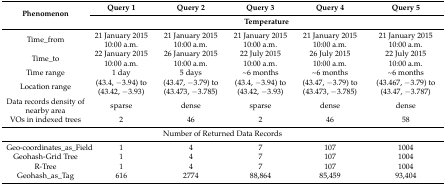
<table><thead><tr><td rowspan="2"><b>Phenomenon</b></td><td><b>Query 1</b></td><td><b>Query 2</b></td><td><b>Query 3</b></td><td><b>Query 4</b></td><td><b>Query 5</b></td></tr><tr><td colspan="5"><b>Temperature</b></td></tr></thead><tbody><tr><td>Time_from</td><td>21 January 2015 10:00 a.m.</td><td>21 January 2015 10:00 a.m.</td><td>21 January 2015 10:00 a.m.</td><td>21 January 2015 10:00 a.m.</td><td>21 January 2015 10:00 a.m.</td></tr><tr><td>Time_to</td><td>22 January 2015 10:00 a.m.</td><td>26 January 2015 10:00 a.m.</td><td>22 July 2015 10:00 a.m.</td><td>26 July 2015 10:00 a.m.</td><td>22 July 2015 10:00 a.m.</td></tr><tr><td>Time range</td><td>1 day</td><td>5 days</td><td>~6 months</td><td>~6 months</td><td>~6 months</td></tr><tr><td>Location range</td><td>(43.4, −3.94) to (43.42, −3.93)</td><td>(43.47, −3.79) to (43.473, −3.785)</td><td>(43.4, −3.94) to (43.42, −3.93)</td><td>(43.47, −3.79) to (43.473, −3.785)</td><td>(43.467, −3.79) to (43.47, −3.787)</td></tr><tr><td>Data records density of nearby area</td><td>sparse</td><td>dense</td><td>sparse</td><td>dense</td><td>dense</td></tr><tr><td>VOs in indexed trees</td><td>2</td><td>46</td><td>2</td><td>46</td><td>58</td></tr><tr><td colspan="6">Number of Returned Data Records</td></tr><tr><td>Geo-coordinates_as_Field </td><td>1</td><td>4</td><td>7</td><td>107</td><td>1004</td></tr><tr><td>Geohash-Grid Tree</td><td>1</td><td>4</td><td>7</td><td>107</td><td>1004</td></tr><tr><td>R-Tree</td><td>1</td><td>4</td><td>7</td><td>107</td><td>1004</td></tr><tr><td>Geohash_as_Tag</td><td>616</td><td>2774</td><td>88,864</td><td>85,459</td><td>93,404</td></tr></tbody></table>